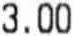
3.00